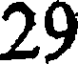
29